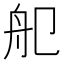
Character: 𦨌